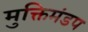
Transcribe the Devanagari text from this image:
मुक्तिमंडप